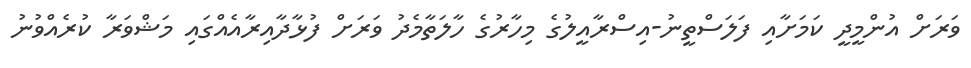
ވަރަށް އުންމީދީ ކަމަށާއި ފަލަސްތީނު-އިސްރާއީލުގެ މިހާރުގެ ހާލަތާމެދު ވަރަށް ފުޅާދާއިރާއެއްގައި މަޝްވަރާ ކުރެއްވުނު